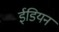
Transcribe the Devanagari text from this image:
ईडियन